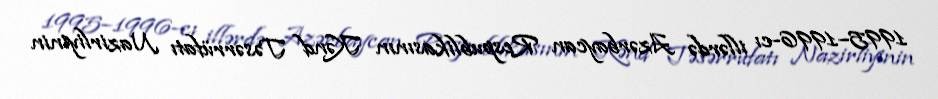
1995–1996-cı illərdə Azərbaycan Respublikasının Kənd Təsərrüfatı Nazirliyinin